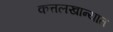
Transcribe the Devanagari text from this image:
कत्तलखान्यात